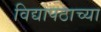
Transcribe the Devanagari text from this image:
विद्यापठाच्या